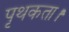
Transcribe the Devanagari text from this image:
पृथकता।